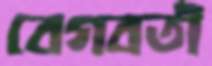
বেগবতী